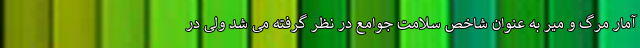
آمار مرگ و میر به عنوان شاخص سلامت جوامع در نظر گرفته می شد ولی در